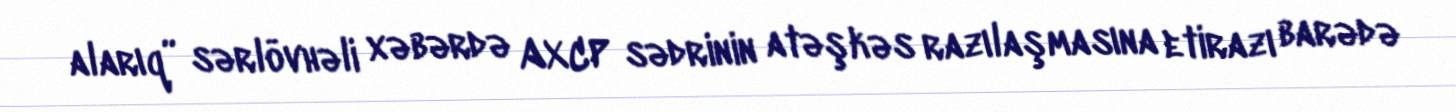
alarıq” sərlövhəli xəbərdə AXCP sədrinin atəşkəs razılaşmasına etirazı barədə